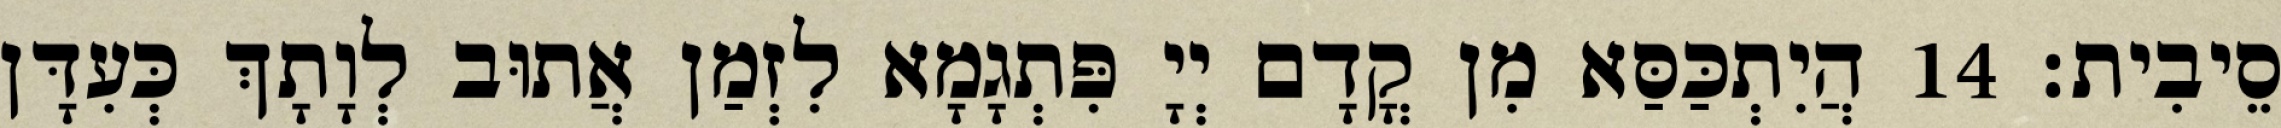
סֵיבִית׃ 14 הֲיִתְכַּסַּא מִן קֳדָם יְיָ פִּתְגָמָא לִזְמַן אֲתוּב לְוָתָךְ כְּעִדָּן